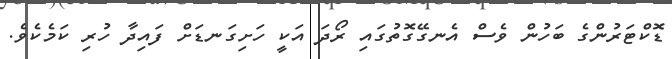
ޑޮކްޓަރުންގެ ބަހުން ވެސް އެނގޭގޮތުގައި ރޯދަ އަކީ ހަށިގަނޑަށް ފައިދާ ހުރި ކަމެކެވެ.